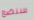
سنضع